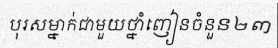
បុរសម្នាក់ជាមួយថ្នាំញៀនចំនួន២៣